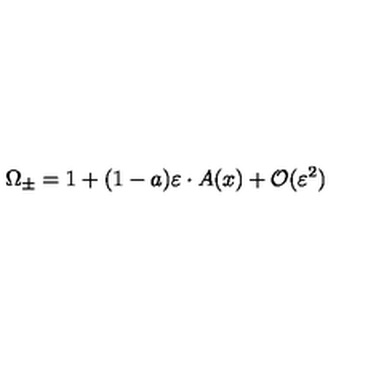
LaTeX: \Omega _ { \pm } = 1 + ( 1 - a ) \varepsilon \cdot A ( x ) + { \cal O } ( \varepsilon ^ { 2 } )